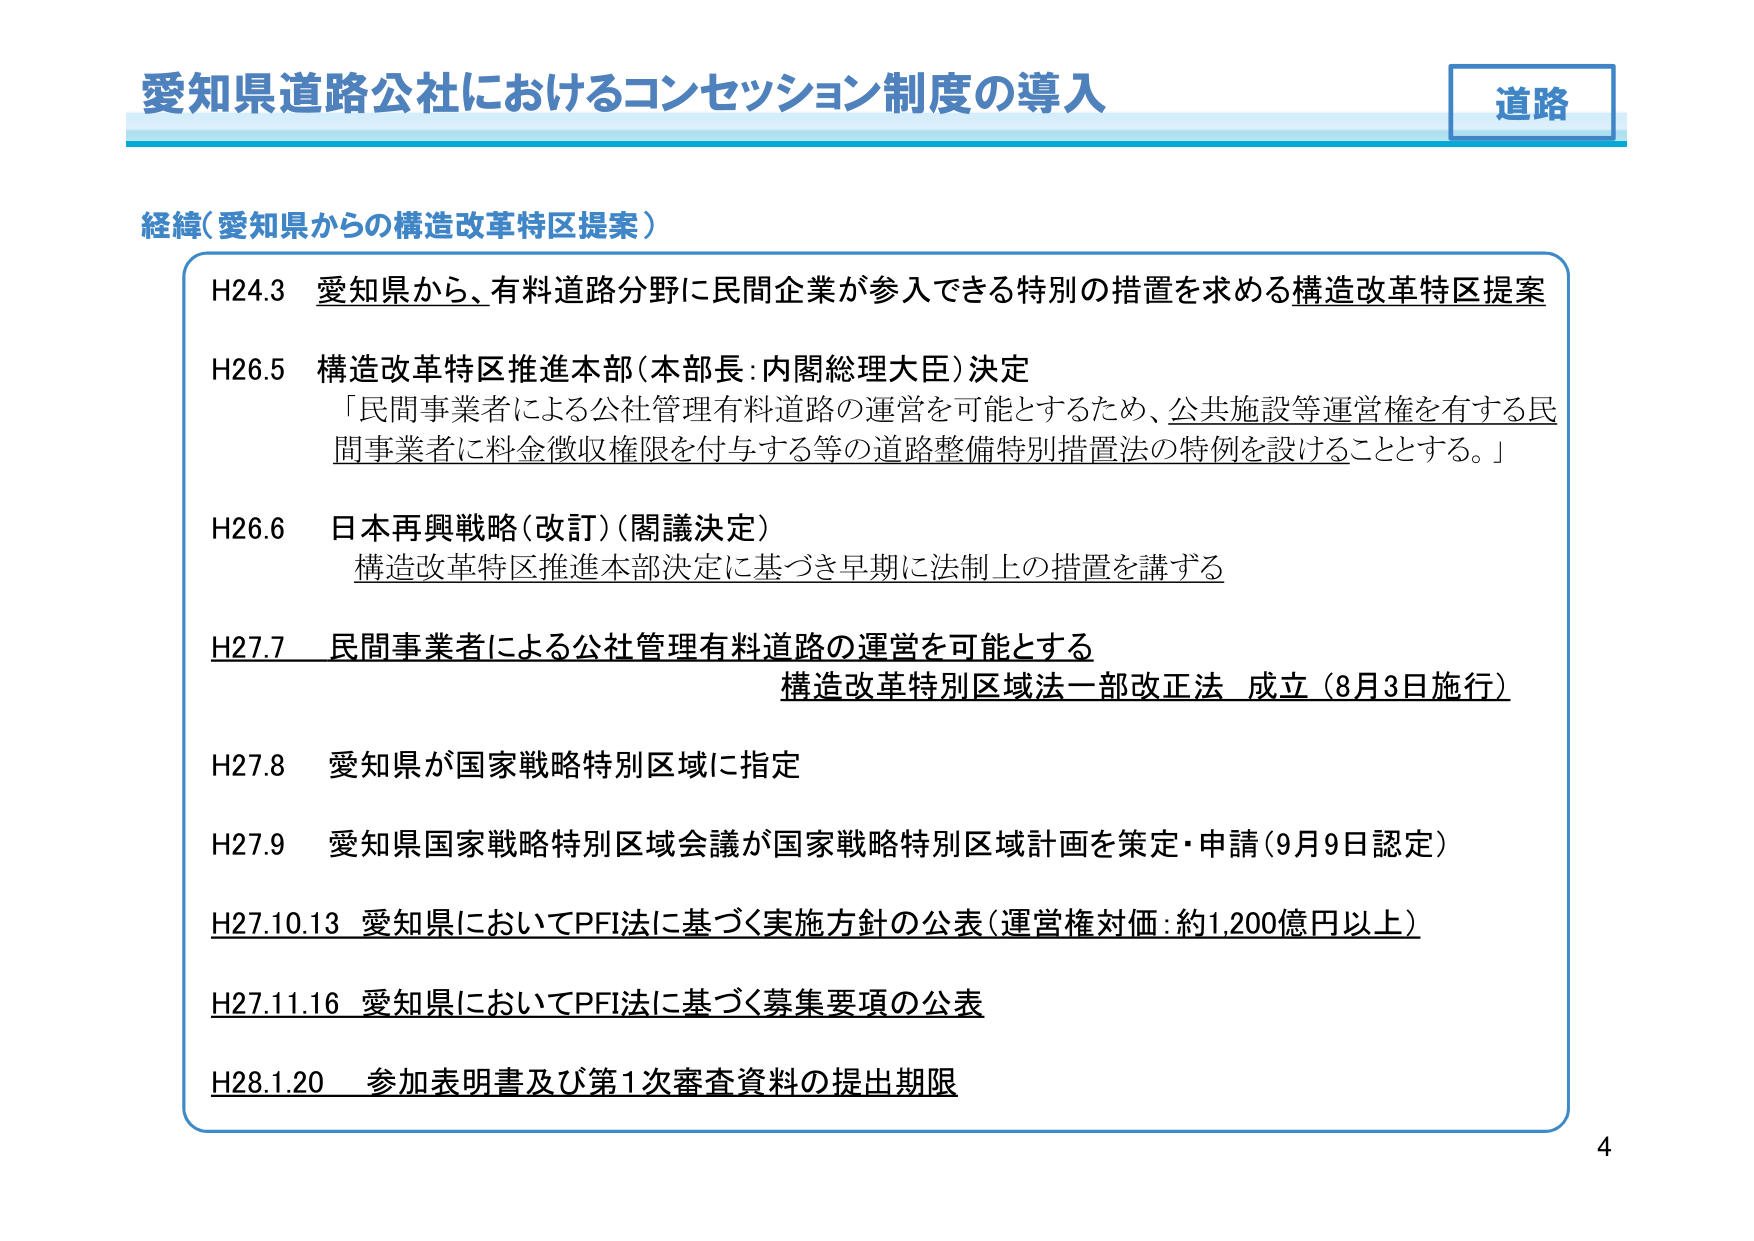
愛知県道路公社におけるコンセッション制度の導入

道路

経緯（愛知県からの構造改革特区提案）

H24.3 愛知県から、有料道路分野に民間企業が参入できる特別の措置を求める構造改革特区提案

H26.5 構造改革特区推進本部（本部長：内閣総理大臣）決定
「民間事業者による公社管理有料道路の運営を可能とするため、公共施設等運営権を有する民間事業者に料金徴収権限を付与する等の道路整備特別措置法の特例を設けることとする。」

H26.6 日本再興戦略（改訂）（閣議決定）
構造改革特区推進本部決定に基づき早期に法制上の措置を講ずる

H27.7 民間事業者による公社管理有料道路の運営を可能とする
構造改革特別区域法一部改正法 成立（8月3日施行）

H27.8 愛知県が国家戦略特別区域に指定

H27.9 愛知県国家戦略特別区域会議が国家戦略特別区域計画を策定・申請（9月9日認定）

H27.10.13 愛知県においてPFI法に基づく実施方針の公表（運営権対価：約1,200億円以上）

H27.11.16 愛知県においてPFI法に基づく募集要項の公表

H28.1.20 参加表明書及び第1次審査資料の提出期限

4